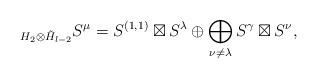
LaTeX: \begin{align*} _{H_2\otimes \tilde H_{l-2}} S^\mu=S^{(1,1)}\boxtimes S^\lambda \oplus\bigoplus_{\nu\neq \lambda}S^{\gamma}\boxtimes S^\nu ,\end{align*}